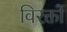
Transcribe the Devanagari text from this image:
विरक्तों